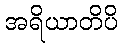
အရိယာတိပိ